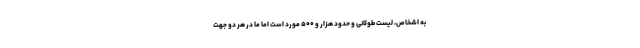
به اشخاص، لیست طولانی و حدود هزار و ۵۰۰ مورد است اما ما در هر دو جهت